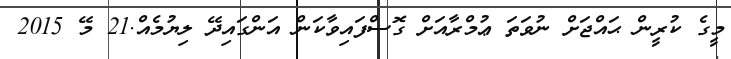
މީގެ ކުރީން ޙައްޖަށް ނުވަތަ ޢުމްރާއަށް ގޮސްފައިވާކަން އަންގައިދޭ ލިޔުމެއް.21 މޭ 2015